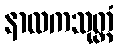
နာလကသုတ္တံ